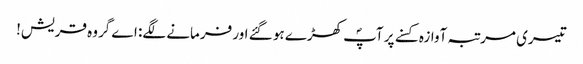
تیسری مرتبہ آوازہ کسنے پر آپؐ کھڑے ہو گئے اور فرمانے لگے: اے گروہ قریش!